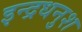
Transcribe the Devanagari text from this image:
इन्द्रधनुश